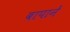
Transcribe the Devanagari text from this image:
बापानें